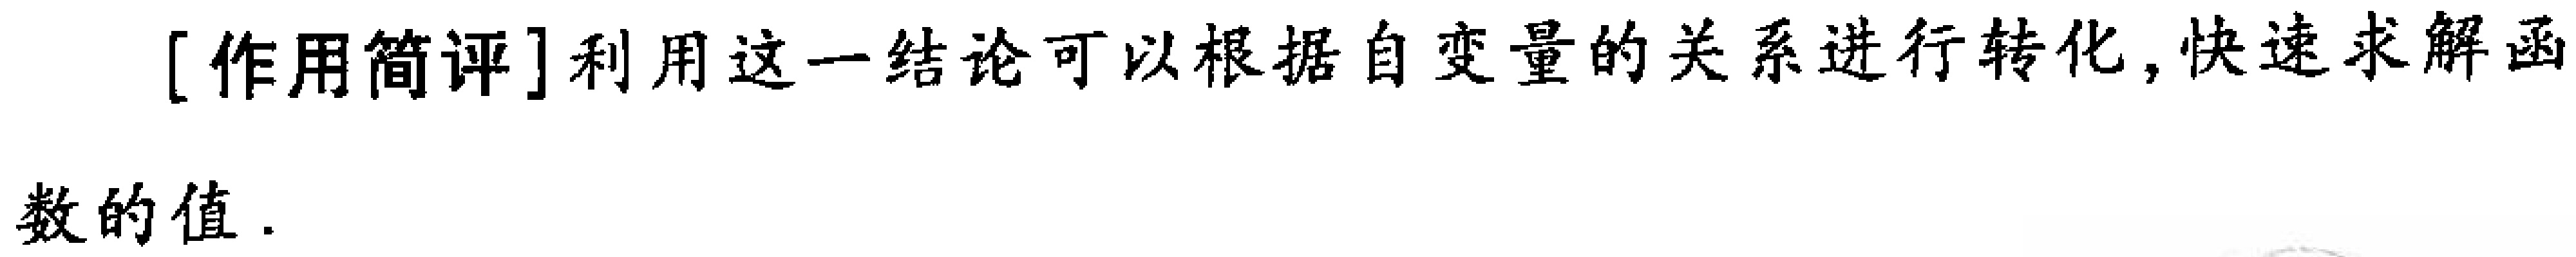
[作用简评]利用这一结论可以根据自变量的关系进行转化, 快速求解函

数的值.